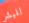
للبشر